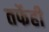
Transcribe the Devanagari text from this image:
तर्फेही